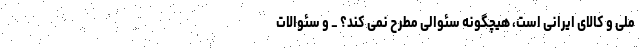
ملی و کالای ایرانی است، هیچگونه سئوالی مطرح نمی کند؟ _ و سئوالات